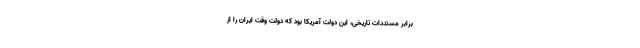
برابر مستندات تاریخی، این دولت آمریکا بود که دولت وقت ایران را از